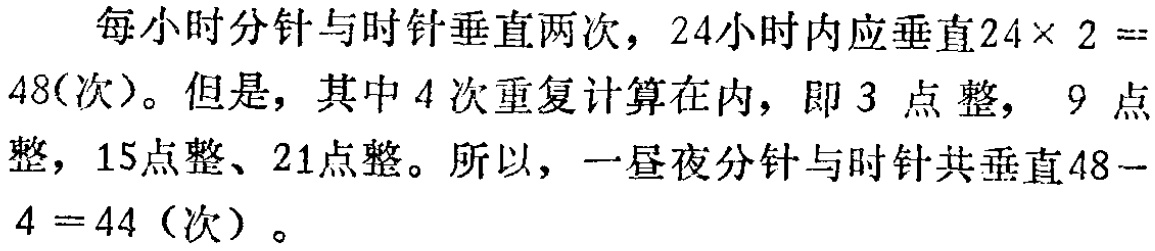
每小时分针与时针垂直两次，$24$小时内应垂直$24\times 2 = 48$(次)。但是，其中$4$次重复计算在内，即$3$点整，$9$点整，$15$点整、$21$点整。所以，一昼夜分针与时针共垂直$48 - 4 = 44$（次）。